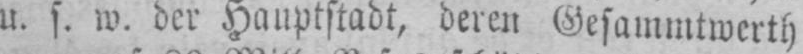
u. s. w. der Hauptstadt, deren Gesammtwerth